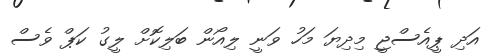
އަދި ޕީއެސްޖީ މިދިޔަ މަހު ވަނީ ލިއޯން ބަލިކޮށް ލީގު ކަޕް ވެސް